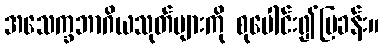
အသေက္ခဘာဂိယသုတ်များကို စုပေါင်း၍ပြခန်း။